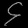
Digit: ၄